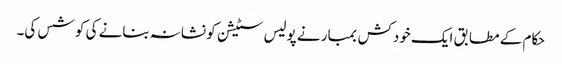
حکام کے مطابق ایک خودکش بمبار نے پولیس سٹیشن کو نشانہ بنانے کی کوشس کی۔